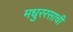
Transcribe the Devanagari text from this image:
मधुररसाची